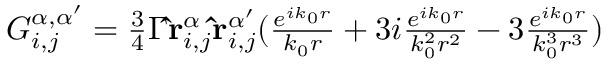
\begin{array} { r } { G _ { i , j } ^ { \alpha , \alpha ^ { \prime } } = \frac { 3 } { 4 } \Gamma \mathbf { \hat { r } } _ { i , j } ^ { \alpha } \mathbf { \hat { r } } _ { i , j } ^ { \alpha ^ { \prime } } ( \frac { e ^ { i k _ { 0 } r } } { k _ { 0 } r } + 3 i \frac { e ^ { i k _ { 0 } r } } { k _ { 0 } ^ { 2 } r ^ { 2 } } - 3 \frac { e ^ { i k _ { 0 } r } } { k _ { 0 } ^ { 3 } r ^ { 3 } } ) } \end{array}